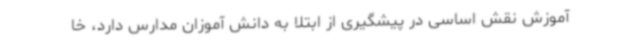
آموزش نقش اساسی در پیشگیری از ابتلا به دانش آموزان مدارس دارد، خا